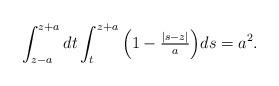
LaTeX: \begin{align*} \int_{z-a}^{z+a} dt \int_t^{z+ a} \Big ( 1 - \tfrac{|s- z|}{a}\Big) ds =a^2.\end{align*}